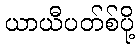
ယာယီပတ်စ်ပို့